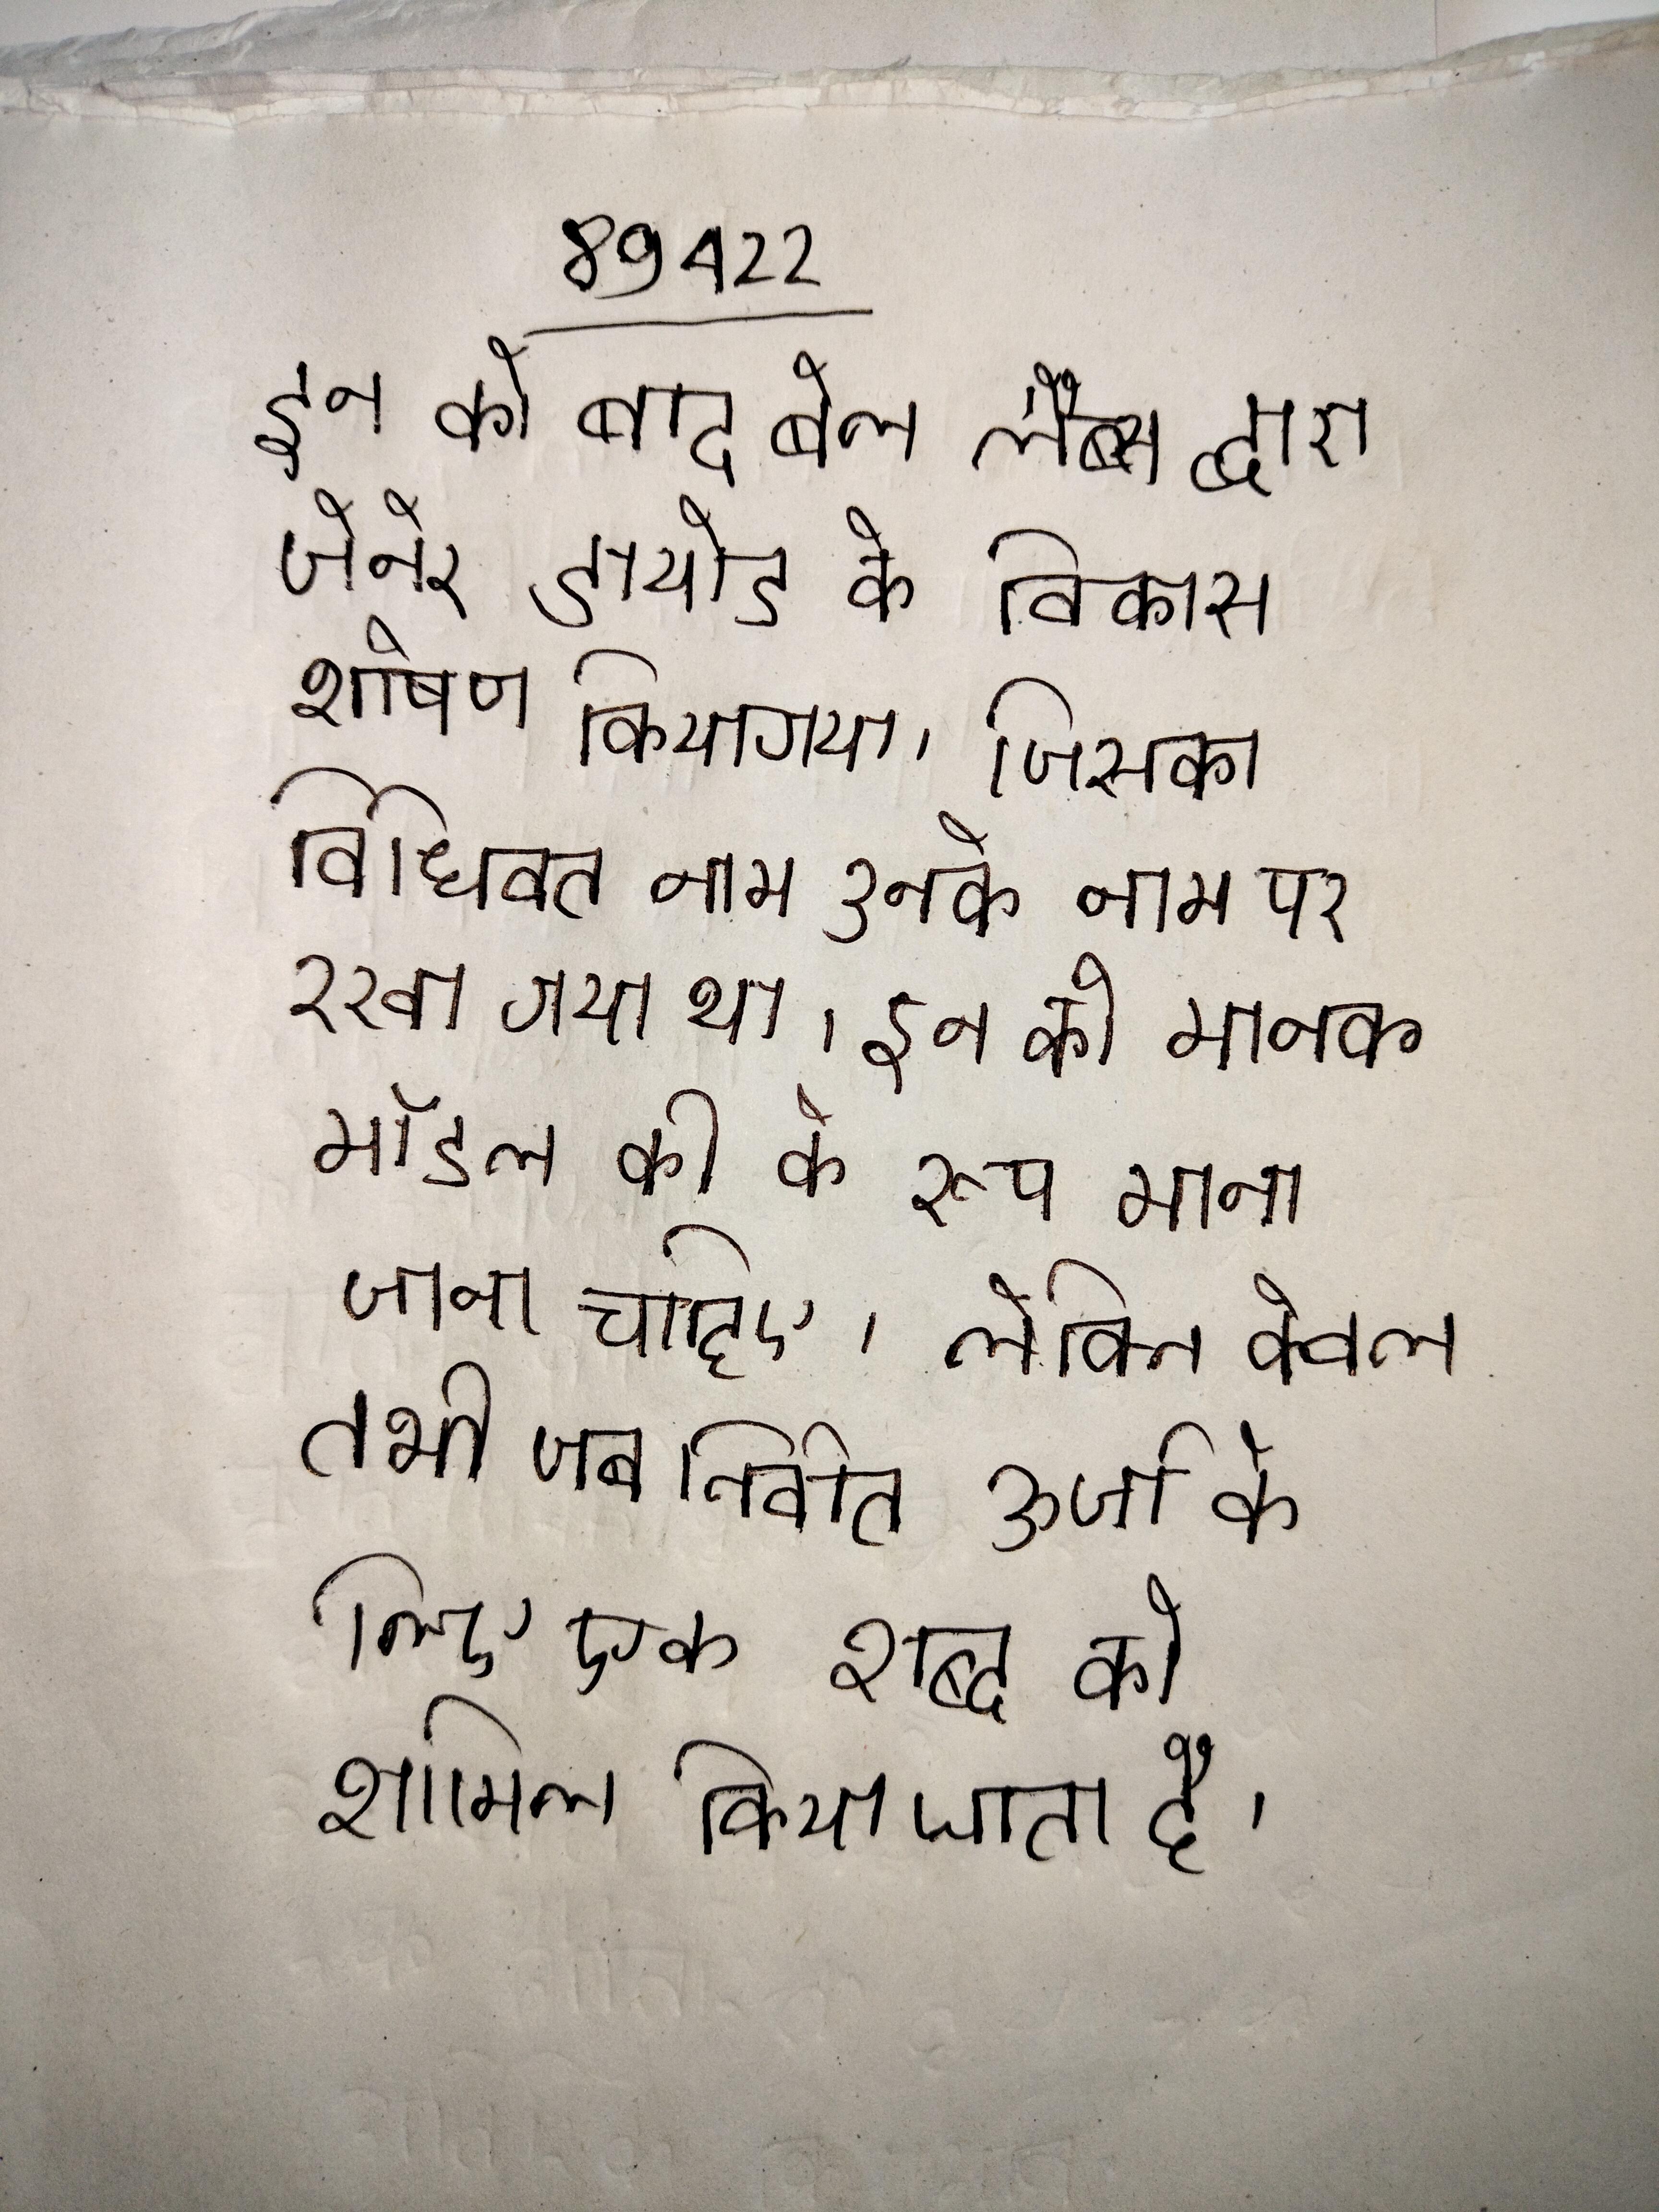
इन को बाद बेल लैब्स द्वारा जेनेर डायोड के विकास शोषण कियागया, जिसका विधिवत नाम उनके नाम पर रखा गया था । इन को मानक मॉडल की के रूप माना जाना चाहिए, लेकिन केवल तभी जब निर्वात ऊर्जा के लिए एक शब्द को शामिल किया जाता है ।